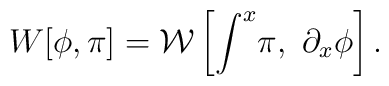
W[\phi,\pi]   =\mathcal{W}\left[\int^{x}\! \pi,~\partial_{x}\phi\right].